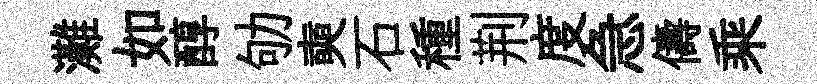
灘如醇劬奭石種荆度急儔乘